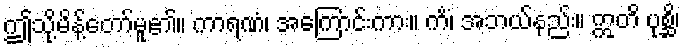
ဤသို့မိန့်တော်မူ၏။ ကာရဏံ၊ အကြောင်းကား။ ကိံ၊ အဘယ်နည်း။ ဣတိ ပုစ္ဆိ၊